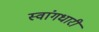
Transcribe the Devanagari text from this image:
स्वांगधारी